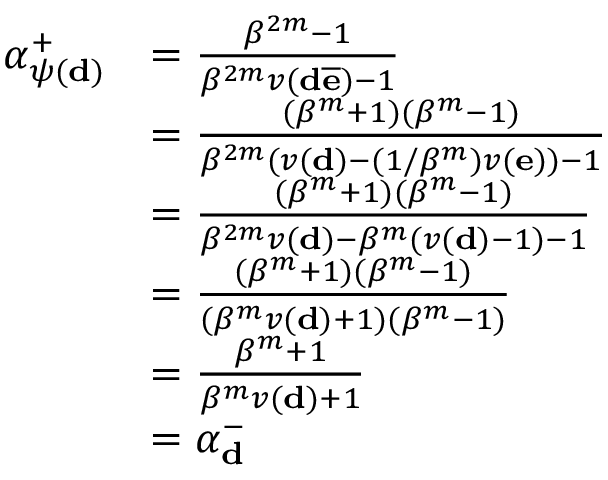
\begin{array} { r l } { \alpha _ { \psi ( \mathbf d ) } ^ { + } } & { = \frac { \beta ^ { 2 m } - 1 } { \beta ^ { 2 m } v ( \mathbf d \overline { { \mathbf e } } ) - 1 } } \\ & { = \frac { ( \beta ^ { m } + 1 ) ( \beta ^ { m } - 1 ) } { \beta ^ { 2 m } ( v ( \mathbf d ) - ( 1 / \beta ^ { m } ) v ( \mathbf e ) ) - 1 } } \\ & { = \frac { ( \beta ^ { m } + 1 ) ( \beta ^ { m } - 1 ) } { \beta ^ { 2 m } v ( \mathbf d ) - \beta ^ { m } ( v ( \mathbf d ) - 1 ) - 1 } } \\ & { = \frac { ( \beta ^ { m } + 1 ) ( \beta ^ { m } - 1 ) } { ( \beta ^ { m } v ( \mathbf d ) + 1 ) ( \beta ^ { m } - 1 ) } } \\ & { = \frac { \beta ^ { m } + 1 } { \beta ^ { m } v ( \mathbf d ) + 1 } } \\ & { = \alpha _ { \mathbf d } ^ { - } } \end{array}